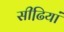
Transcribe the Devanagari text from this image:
सीढि़यां